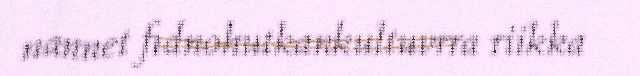
nannet fidnohutkankultuvrra riikka